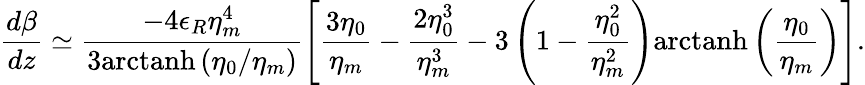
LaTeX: \frac{d\beta}{dz}\simeq\frac{-4\epsilon_{R}\eta_{m}^{4}}{3\mathrm{arctanh}\left(\eta_{0}/\eta_{m}\right)}\left[\frac{3\eta_{0}}{\eta_{m}}-\frac{2\eta_{0}^{3}}{\eta_{m}^{3}}-3\left(1-\frac{\eta_{0}^{2}}{\eta_{m}^{2}}\right)\mathrm{arctanh}\left(\frac{\eta_{0}}{\eta_{m}}\right)\right].